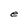
Character: e